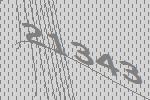
21343